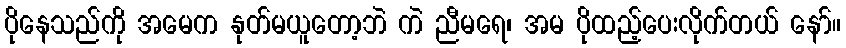
ပိုနေသည်ကို အမေက နုတ်မယူတော့ဘဲ ကဲ ညီမရေ၊ အမ ပိုထည့်ပေးလိုက်တယ် နော်။